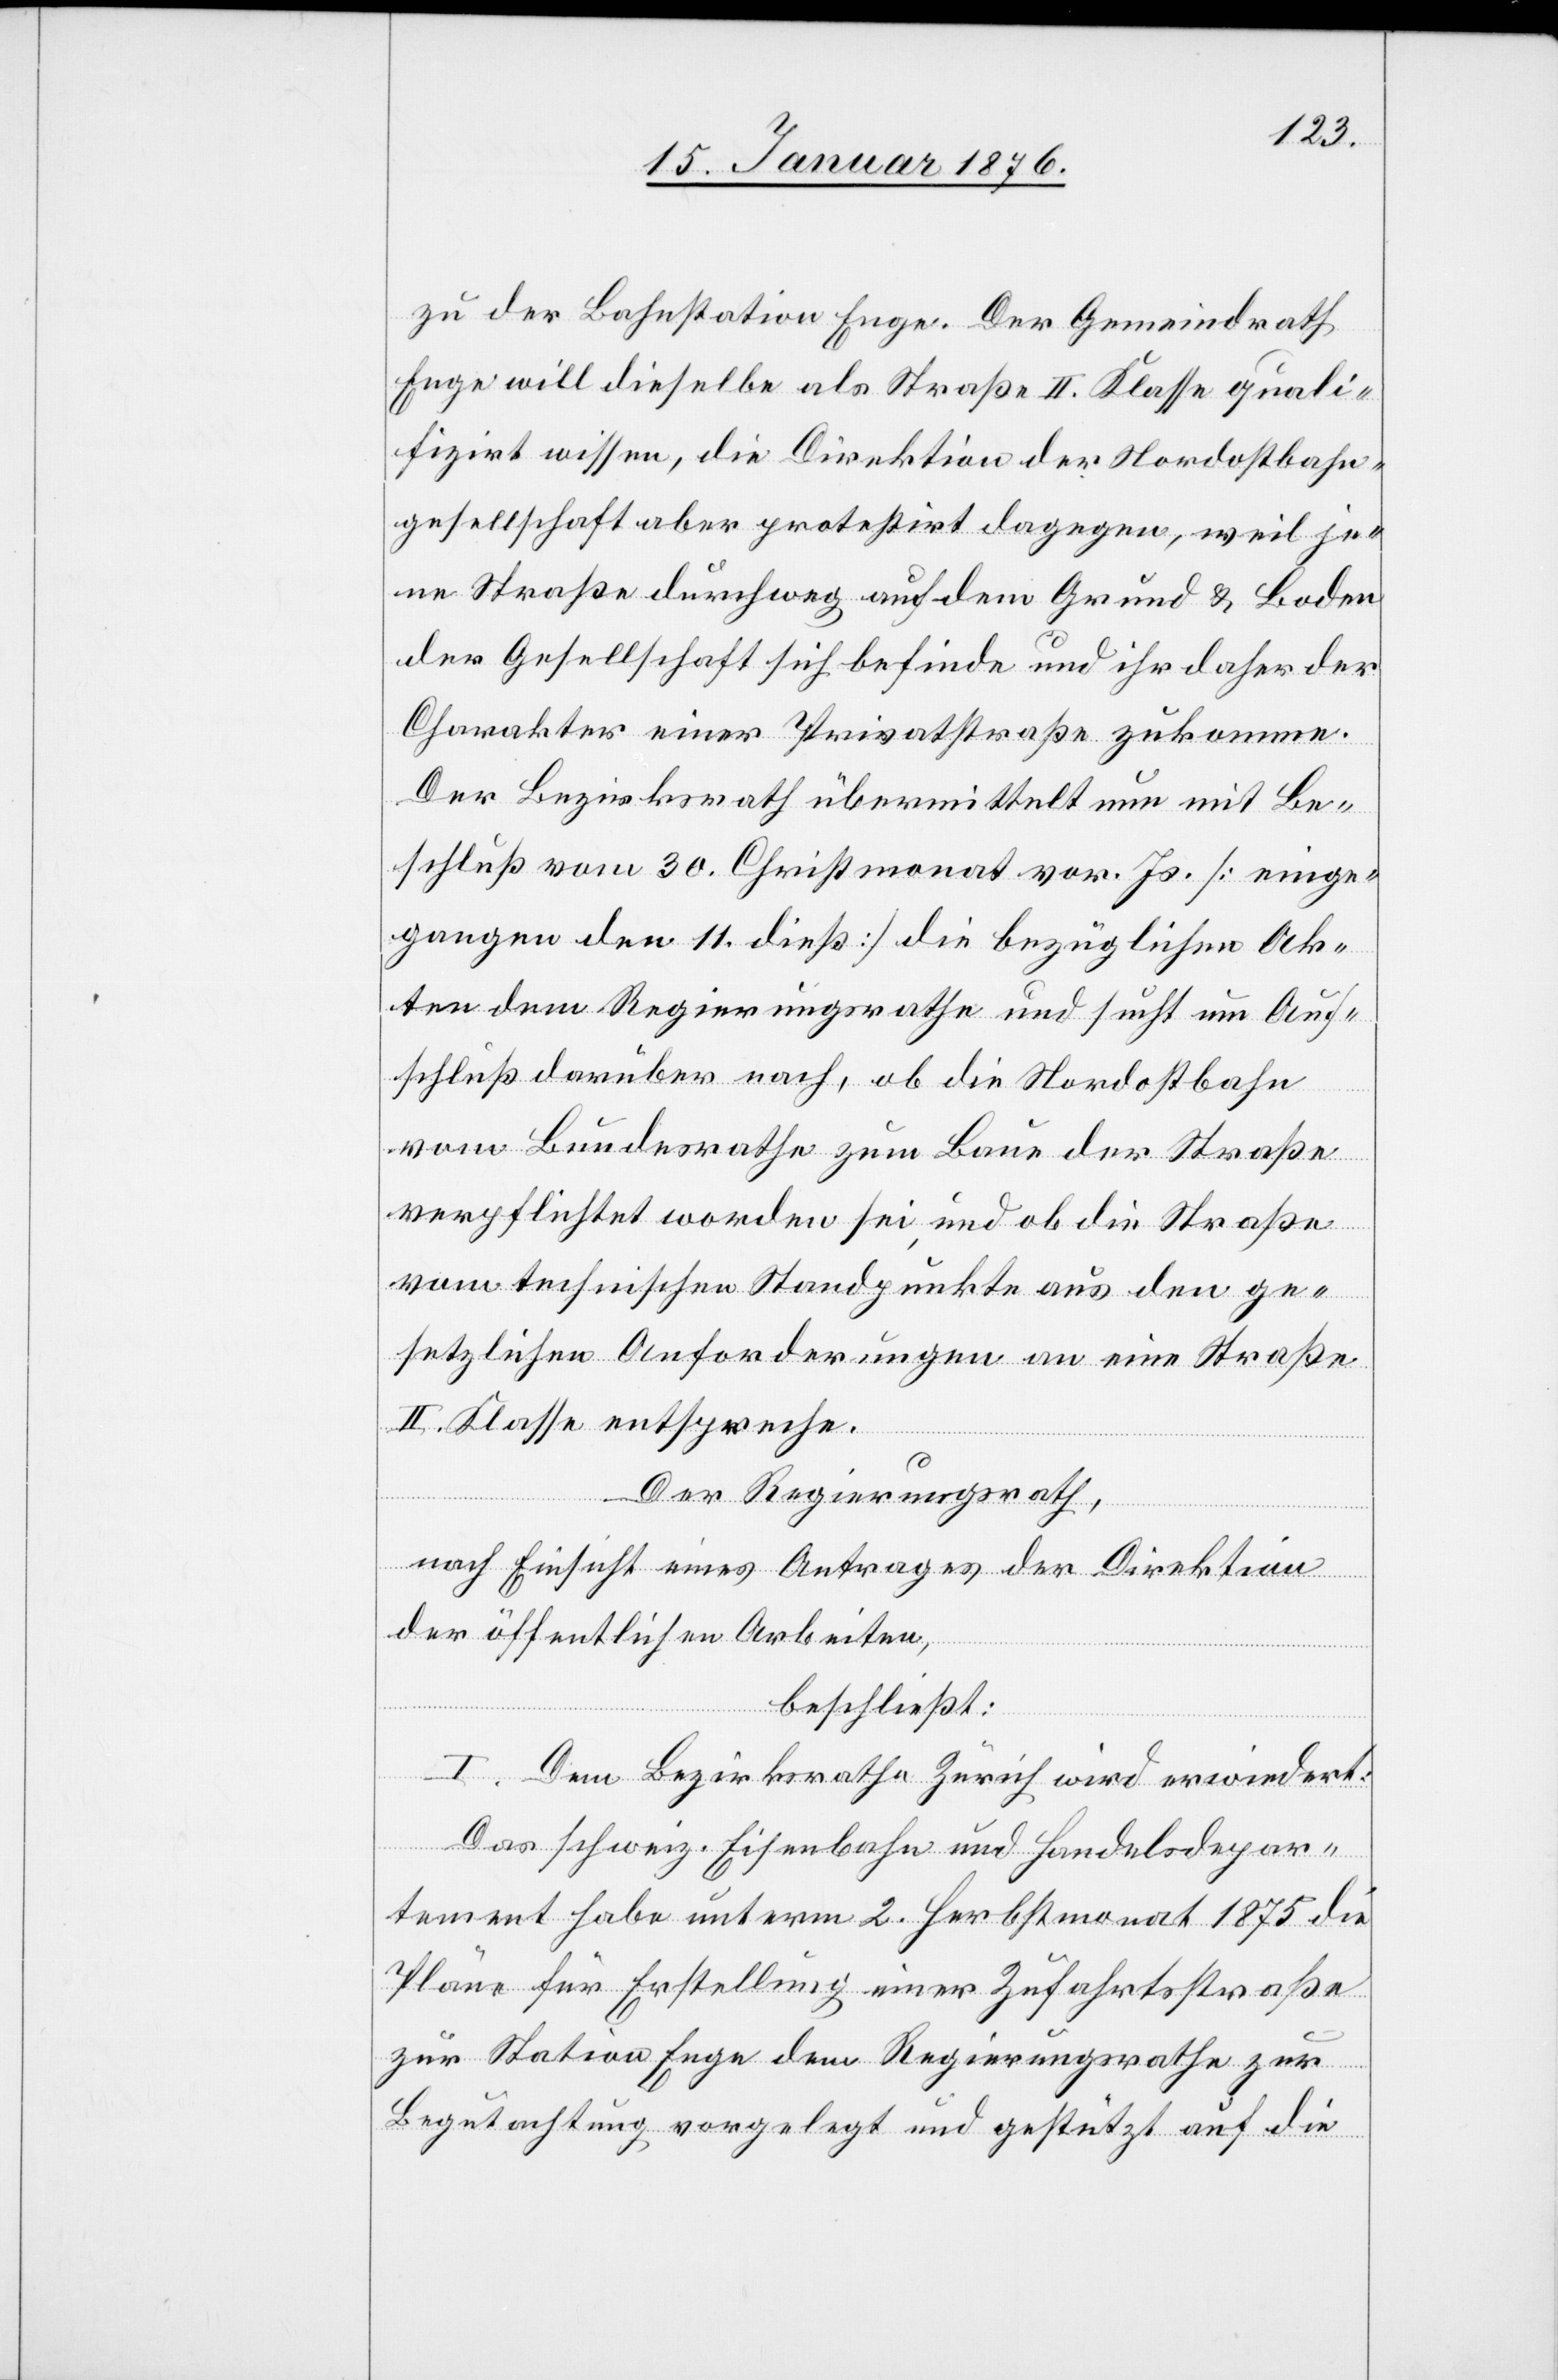
zu der Bahnstation Enge. Der Gemeindrath
Enge will dieselbe als Straße II. Klasse quali¬
fizirt wissen, die Direktion der Nordostbahn¬
gesellschaft aber protestirt dagegen, weil je¬
ne Straße durchweg auf dem Grund u. Boden
der Gesellschaft sich befinde und ihr daher der
Charakter einer Privatstraße zukomme.
Der Bezirksrath übermittelt nun mit Be¬
schluß vom 30. Christmonat vor. Js. [einge¬
gangen den 11. dieß] die bezüglichen Ak¬
ten dem Regierungsrathe und sucht um Auf¬
schluß darüber nach, ob die Nordostbahn
vom Bundesrathe zum Baue der Straße
verpflichtet worden sei, und ob die Straße
vom technischen Standpunkte aus den ge¬
setzlichen Anforderungen an eine Straße
II. Klasse entspreche.
Der Regierungsrath,
nach Einsicht eines Antrages der Direktion
der öffentlichen Arbeiten,
beschließt:
I. Dem Bezirksrath Zürich wird erwiedert:
Das schweiz. Eisenbahn und Handelsdepar¬
tement habe unterm 2. Herbstmonat 1875 die
Pläne für Erstellung einer Zufahrtsstraße
zur Station Enge dem Regierungsrathe zur
Begutachtung vorgelegt und gestützt auf die